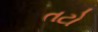
તટો